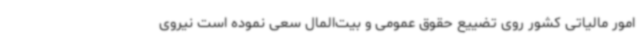
امور مالیاتی کشور روی تضییع حقوق عمومی و بیت‌المال سعی نموده است نیروی